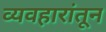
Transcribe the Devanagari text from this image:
व्यवहारांतून